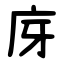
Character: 庌